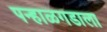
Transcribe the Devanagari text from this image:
पन्हाळगडाला